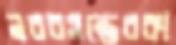
নববসন্তেরকা